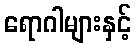
ရောဂါများနှင့်